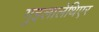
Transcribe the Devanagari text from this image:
गुइलालेथिएर